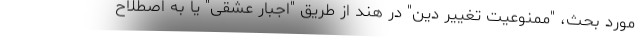
مورد بحث، "ممنوعیت تغییر دین" در هند از طریق "اجبار عشقی" یا به اصطلاح